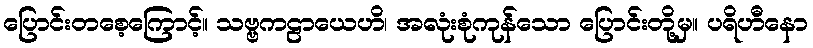
ပြောင်းတစေ့ကြောင့်။ သဗ္ဗကဠာယေဟိ၊ အလုံးစုံကုန်သော ပြောင်းတို့မှ။ ပရိဟီနော